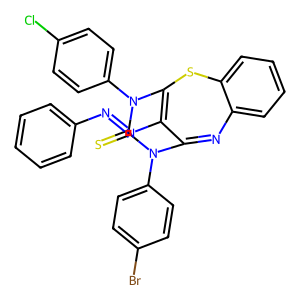
SMILES: S=C1N(c2ccc(Br)cc2)C2=Nc3ccccc3SC(=C2N=Nc2ccccc2)N1c1ccc(Cl)cc1
Inhibits HIV replication: No